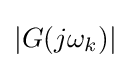
|G(j\omega _{k})|